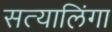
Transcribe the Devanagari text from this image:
सत्यालिंगा